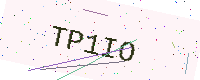
Text: TP1IO